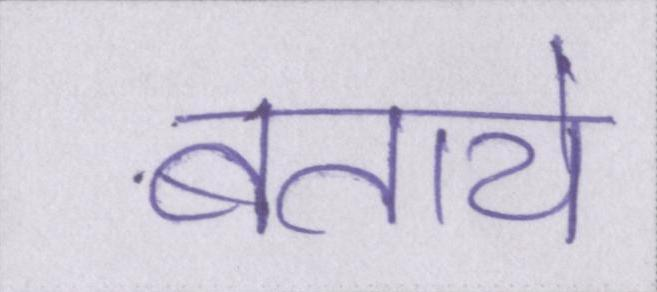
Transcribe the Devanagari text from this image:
बताये